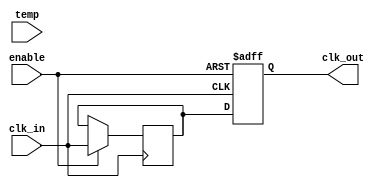
module temp_comp_clock_buffer (
    input wire clk_in,          // Input clock signal
    input wire [7:0] temp,     // Temperature input (8-bit for simplicity)
    input wire enable,          // Enable signal for power management
    output reg clk_out          // Buffered output clock signal
);

// Parameters for compensation (these values should be calibrated)
parameter TEMP_THRESHOLD = 8'd25; // Example threshold temperature in degrees Celsius
parameter DELAY_ADJUSTMENT = 2;    // Example delay adjustment value

// Internal signals
reg [7:0] delay_value; // Delay value based on temperature
reg clk_in_delayed;    // Delayed version of input clock

// Clock buffer logic
always @(posedge clk_in or negedge enable) begin
    if (!enable) begin
        clk_out <= 1'b0; // Disable output clock when not enabled
    end else begin
        // Temperature compensation logic
        if (temp < TEMP_THRESHOLD) begin
            delay_value <= DELAY_ADJUSTMENT; // Adjust delay for low temperature
        end else begin
            delay_value <= 0; // No adjustment for normal temperature
        end

        // Simple clock buffering with delay adjustment
        clk_in_delayed <= clk_in; // Capture input clock
        #delay_value clk_out <= clk_in_delayed; // Output clock with delay
    end
end

endmodule